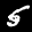
Label: 5